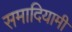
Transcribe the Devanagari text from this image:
समादियामी